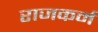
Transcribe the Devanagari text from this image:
राजकर्म